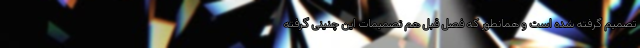
تصمیم گرفته شده است و همانطور که فصل قبل هم تصمیمات این چنینی گرفته